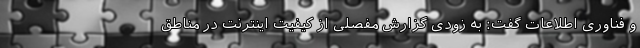
و فناوری اطلاعات گفت: به زودی گزارش مفصلی از کیفیت اینترنت در مناطق